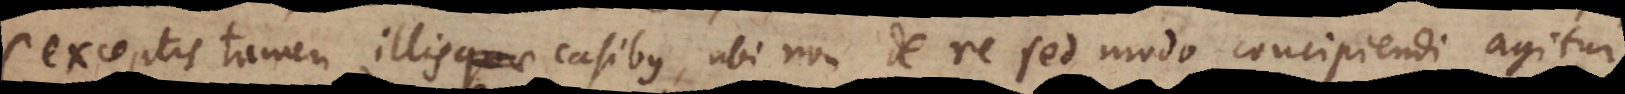
(exceptis tamen illis casibus, ubi non de re sed modo concipiendi agitur,